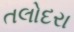
તલોદરા